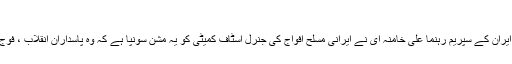
ایرنی معیشت میں پاسداران انقلاب کی مداخلت روکنے کا حکم
تہران(سنگر نیوز)ایرانی وزیر دفاع کے ایک اعلان کے مطابق ایران کے سپریم رہنما علی خامنہ ای نے ایرانی مسلح افواج کی جنرل اسٹاف کمیٹی کو یہ مشن سونپا ہے کہ وہ پاسداران انقلاب ، فوج اور وزارت دفاع کی ایرانی معیشت میں مداخلت کا تعین کرے۔